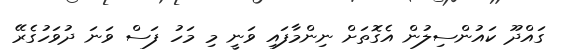
ގައްދޫ ކައުންސިލުން އެގޮތަށް ނިންމާފައި ވަނީ މި މަހު ފަސް ވަނަ ދުވަހުގެރޭ